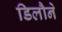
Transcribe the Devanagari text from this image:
डिलौने